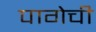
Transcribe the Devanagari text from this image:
पागेची